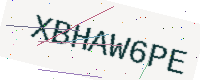
Text: XBHAW6PE